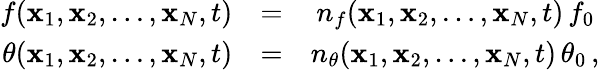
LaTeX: \begin{array}{rlr}{f({\mathbf x}_{1},{\mathbf x}_{2},\ldots,{\mathbf x}_{N},t)}&{=}&{n_{f}({\mathbf x}_{1},{\mathbf x}_{2},\ldots,{\mathbf x}_{N},t)\, f_{0}\, }\\ {\theta({\mathbf x}_{1},{\mathbf x}_{2},\ldots,{\mathbf x}_{N},t)}&{=}&{n_{\theta}({\mathbf x}_{1},{\mathbf x}_{2},\ldots,{\mathbf x}_{N},t)\, \theta_{0}\, ,}\end{array}